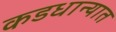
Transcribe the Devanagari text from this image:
कडधान्यात